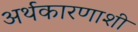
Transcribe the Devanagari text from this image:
अर्थकारणाशी